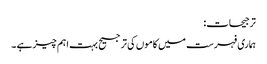
ترجیحات:
ہماری فہرست میں کاموں کی ترجیح بہت اہم چیز ہے ۔